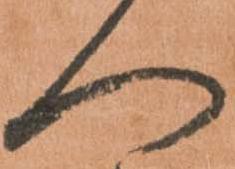
へ